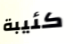
كئيبة